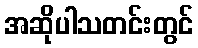
အဆိုပါသတင်းတွင်